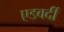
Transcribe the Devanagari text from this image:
एडवर्दी